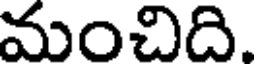
మంచిది.